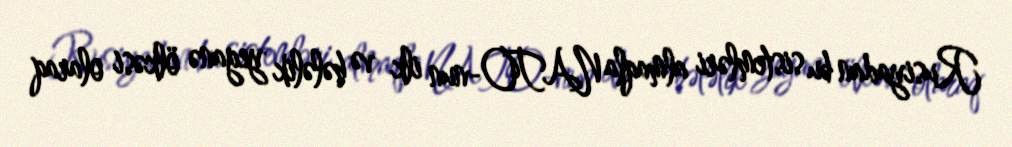
Rusiyadan bu sistemləri almaqla NATO-nun ilk və hələlik yeganə ölkəsi olaraq